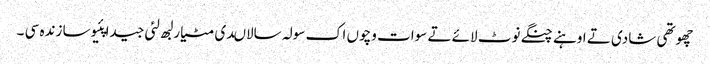
چھوتھی شادی تے اوہنے چنگے نوٹ لائے تے سوات وچوں اک سولہ سالاںدی مٹیار لبھ لئی جیدا پئیوسا زندہ سی ۔